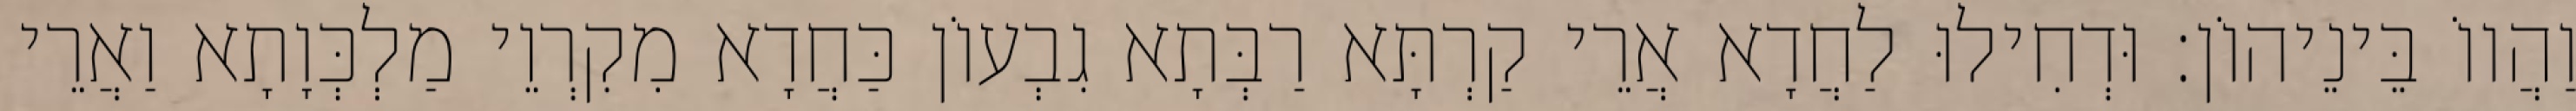
וַהֲווֹ בֵּינֵיהוֹן׃ וּדְחִילוּ לַחֲדָא אֲרֵי קַרְתָּא רַבְּתָא גִבְעוֹן כַּחֲדָא מִקִרְוֵי מַלְכְּוָתָא וַאֲרֵי